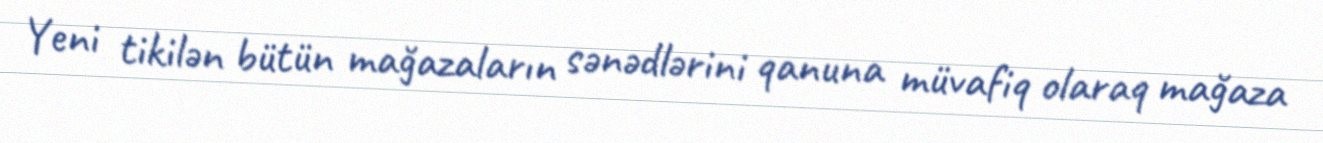
Yeni tikilən bütün mağazaların sənədlərini qanuna müvafiq olaraq mağaza